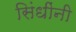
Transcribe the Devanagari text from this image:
सिंधींनी